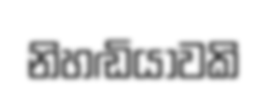
නිහඬියාවකි